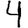
Digit: 4